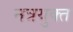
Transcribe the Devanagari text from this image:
नत्रयुक्त